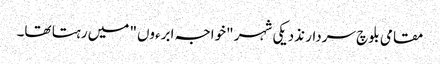
مقامی بلوچ سردار نذدیکی شہر "خواجہ ابرءوں" میں رہتا تھا۔